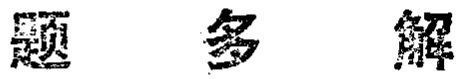
题 多 解